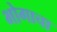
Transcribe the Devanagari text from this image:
भोगाचा